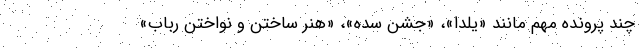
چند پرونده مهم مانند «یلدا»، «جشن سده»، «هنر ساختن و نواختن رُباب»